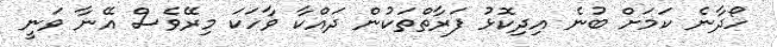
ހޯދާނެ ކަމަށް ބުނެ އިދިކޮޅު ފަރާތްތަކުން ދައްކާ ވާހަކަ މިރޭވެސް އޭނާ ވަނީ